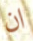
ان